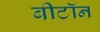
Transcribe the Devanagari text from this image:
बीटॉन